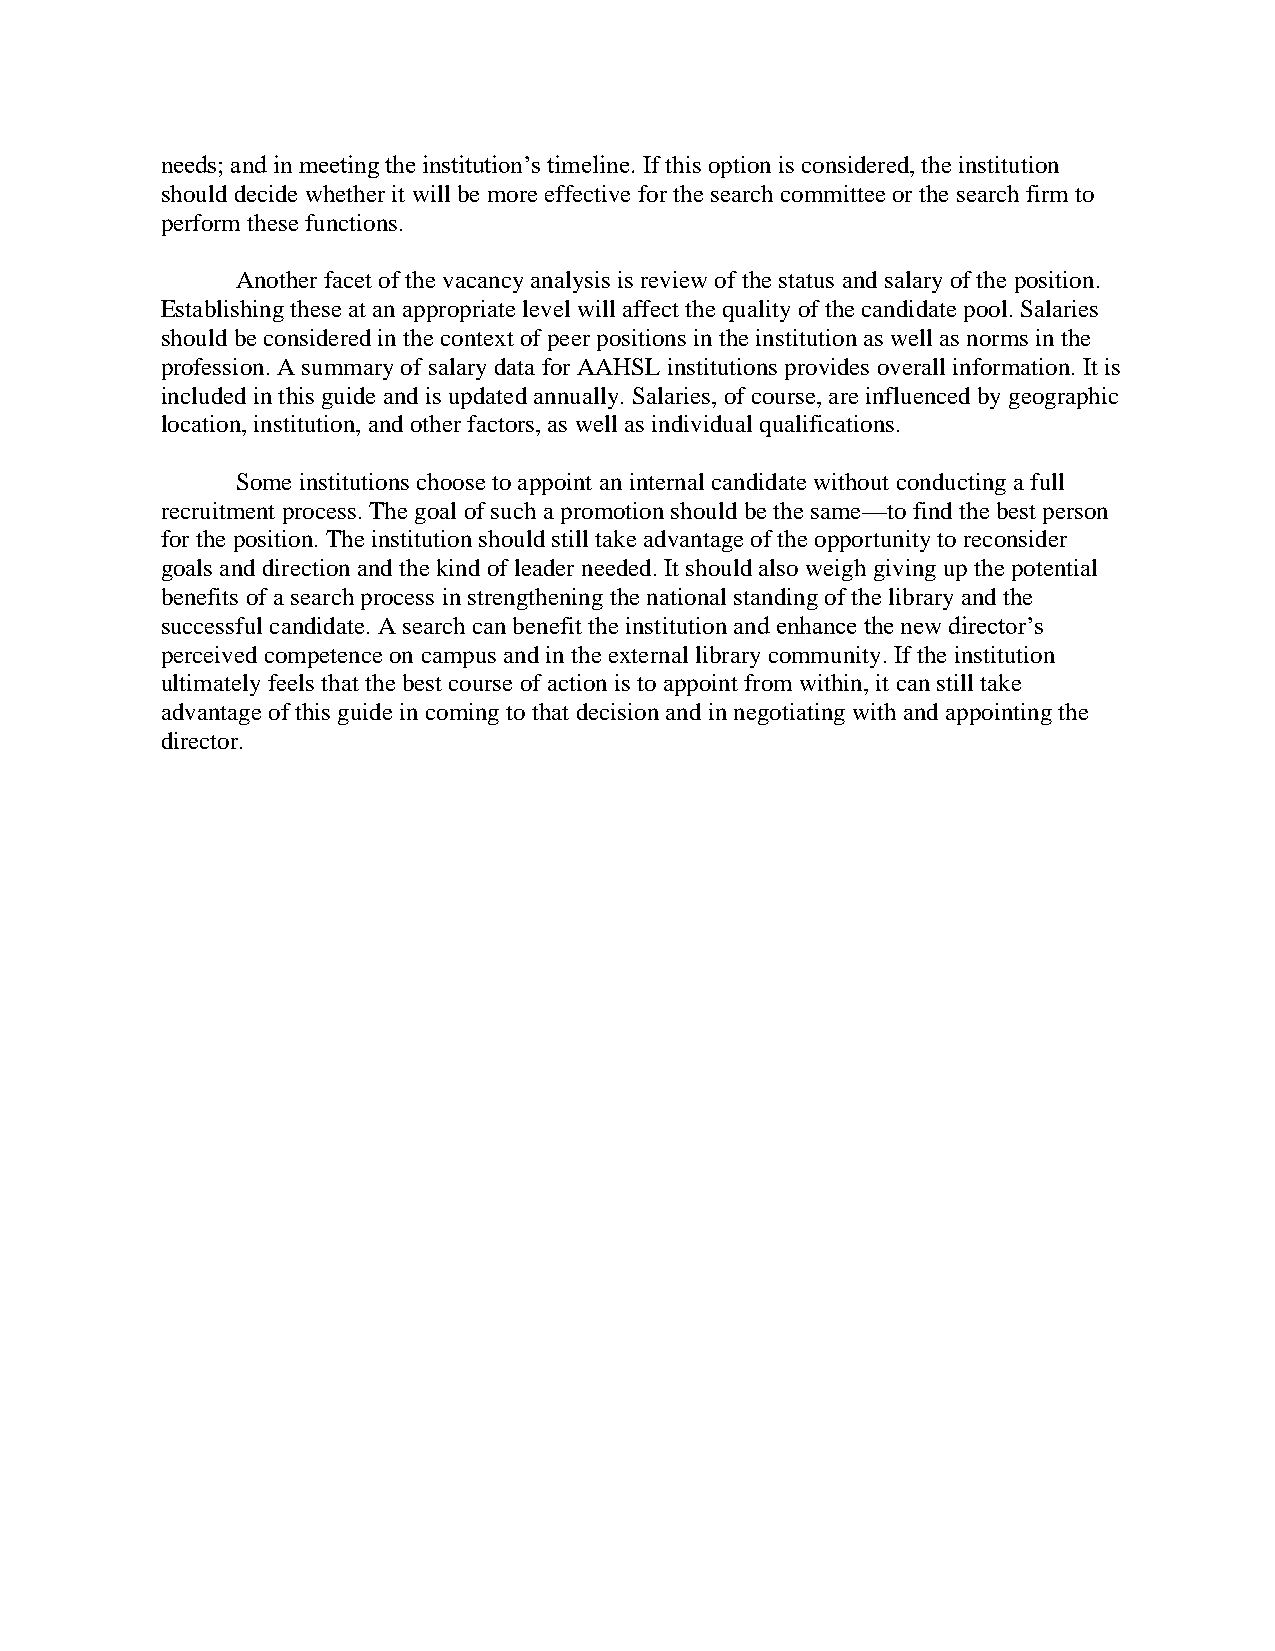
needs; and in meeting the institution’s timeline. If this option is considered, the institution
 should decide whether it will be more effective for the search committee or the search firm to
 perform these functions.
 Another facet of the vacancy analysis is review of the status and salary of the position.
 Establishing these at an appropriate level will affect the quality of the candidate pool. Salaries
 should be considered in the context of peer positions in the institution as well as norms in the
 profession. A summary of salary data for AAHSL institutions provides overall information. It is
 included in this guide and is updated annually. Salaries, of course, are influenced by geographic
 location, institution, and other factors, as well as individual qualifications.
 Some institutions choose to appoint an internal candidate without conducting a full
 recruitment process. The goal of such a promotion should be the same—to find the best person
 for the position. The institution should still take advantage of the opportunity to reconsider
 goals and direction and the kind of leader needed. It should also weigh giving up the potential
 benefits of a search process in strengthening the national standing of the library and the
 successful candidate. A search can benefit the institution and enhance the new director’s
 perceived competence on campus and in the external library community. If the institution
 ultimately feels that the best course of action is to appoint from within, it can still take
 advantage of this guide in coming to that decision and in negotiating with and appointing the
 director.